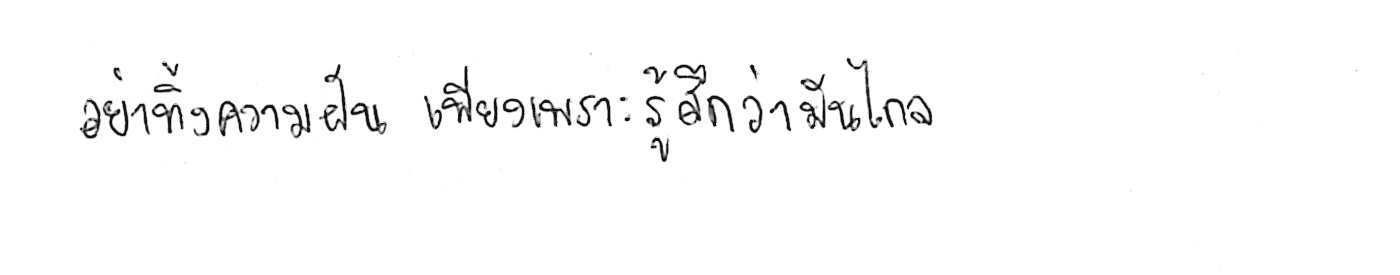
อย่าทิ้งความฝัน เพียงเพราะรู้สึกว่ามันไกล